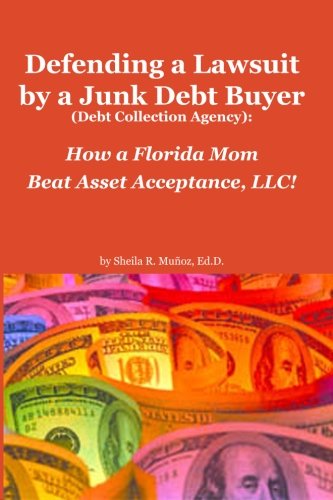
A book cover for Defending a Lawsuit by a Junk Debt Buyer (Debt Collection Agency):: How a Florida Mom Beat Asset Acceptance, LLC!; Ed.D., Sheila R. Munoz; Law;